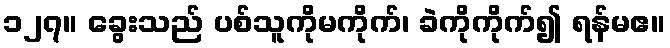
၁၂၇။ ခွေးသည် ပစ်သူကိုမကိုက်၊ ခဲကိုကိုက်၍ ရန်မဧ။